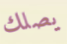
يصلك